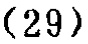
\((29)\)